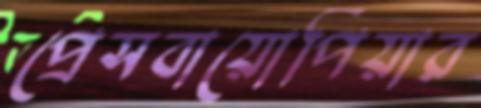
প্রেসবায়োপিয়ার